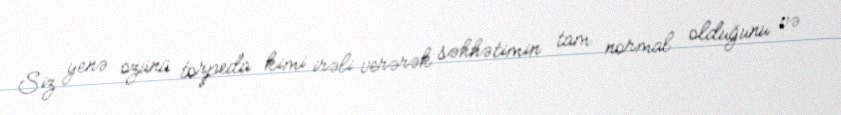
Siz yenə özünü torpeda kimi irəli verərək səhhətimin tam normal olduğunu və